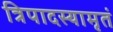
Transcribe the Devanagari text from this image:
त्रिपादस्यामृतं